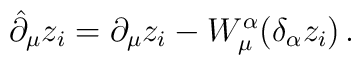
\hat{\partial }_\mu z_i= \partial _\mu z_i -W_\mu ^ \alpha (\delta  _\alpha z_i)\,.